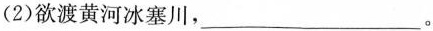
(2)欲渡黄河冰塞川，___。